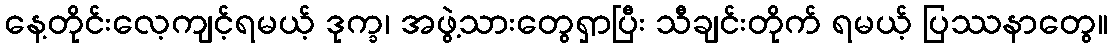
နေ့တိုင်းလေ့ကျင့်ရမယ့် ဒုက္ခ၊ အဖွဲ့သားတွေရှာပြီး သီချင်းတိုက် ရမယ့် ပြဿနာတွေ။